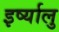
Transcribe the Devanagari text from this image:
इर्ष्यालु